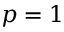
p = 1